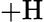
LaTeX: \mathrm{+H}